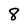
Character: 8